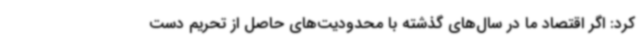
کرد: اگر اقتصاد ما در سال‌های گذشته با محدودیت‌های حاصل از تحریم دست